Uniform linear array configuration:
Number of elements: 16
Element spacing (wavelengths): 0.25
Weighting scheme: kaiser
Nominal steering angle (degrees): -45
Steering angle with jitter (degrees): -45.519
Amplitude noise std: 0.05
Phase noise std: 0.05

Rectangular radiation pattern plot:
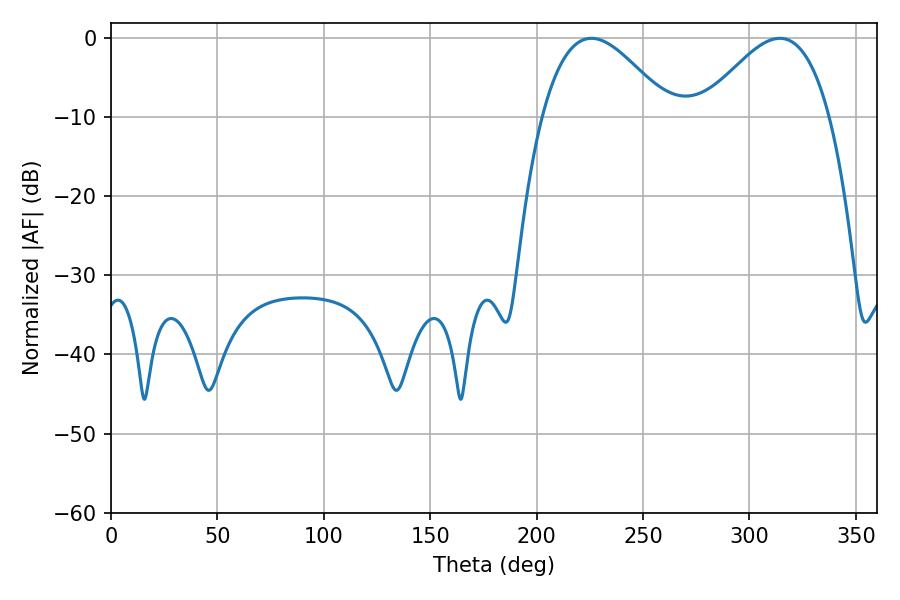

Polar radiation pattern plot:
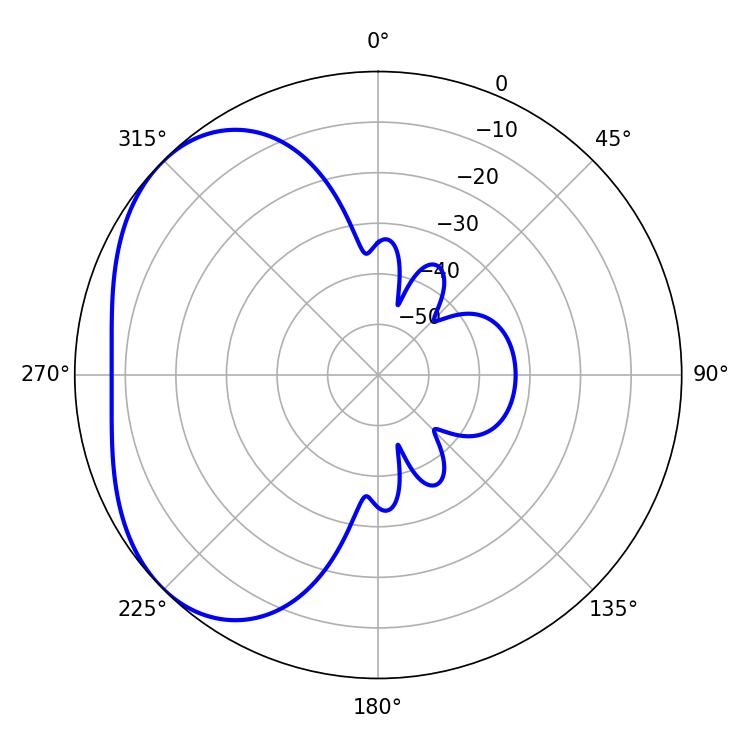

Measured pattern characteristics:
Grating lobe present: FALSE
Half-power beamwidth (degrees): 32.4
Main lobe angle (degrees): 225.72